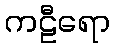
ကဠီရော